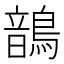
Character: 鶕